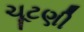
ચૂટણી